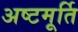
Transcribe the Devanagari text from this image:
अष्टमूर्ति